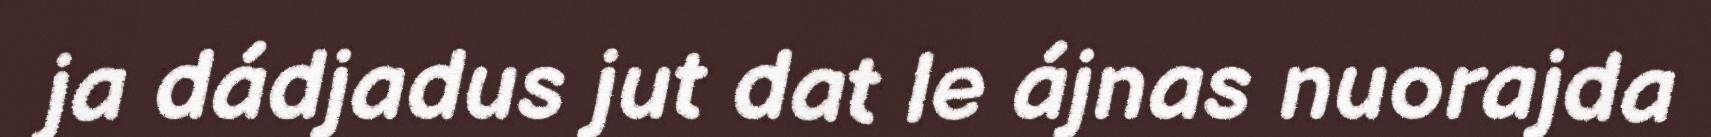
ja dádjadus jut dat le ájnas nuorajda